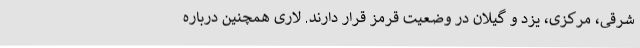
شرقی، مرکزی، یزد و گیلان در وضعیت قرمز قرار دارند. لاری همچنین درباره